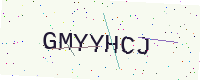
Text: GMYYHCJ